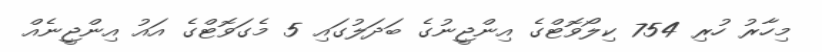
މިހާރު ހުރި 754 ކިލޯވޮޓްގެ އިންޖީނުގެ ބަދަލުގައި 5 މެގަވޮޓްގެ އައު އިންޖީނެއް